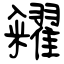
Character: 糴